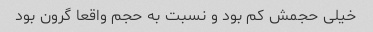
خیلی حجمش کم بود و نسبت به حجم واقعا گرون بود